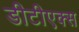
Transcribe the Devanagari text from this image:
डीटीएक्स